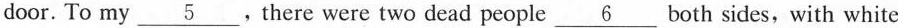
door. To my \underline{5} .There were two dead people \underline{6} both sides, with white